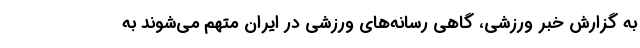
به گزارش خبر ورزشی، گاهی رسانه‌های ورزشی در ایران متهم می‌شوند به